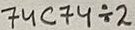
Text: 74C74 / 2